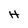
Character: H